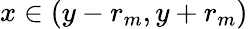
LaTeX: x\in(y-r_{m},y+r_{m})